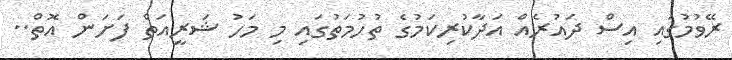
ރޭވުމުގައި އިސް ދައުރެއް އަދާކުރިކަމުގެ ތުހުމަތުގައި މި މަހު ޝަރީއަތް ފަށަން އޮތް..